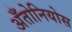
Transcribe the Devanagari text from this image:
अँतोनियोस